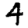
Digit: 4